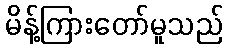
မိန့်ကြားတော်မူသည်